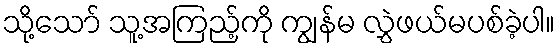
သို့သော် သူ့အကြည့်ကို ကျွန်မ လွှဲဖယ်မပစ်ခဲ့ပါ။